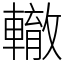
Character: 轍